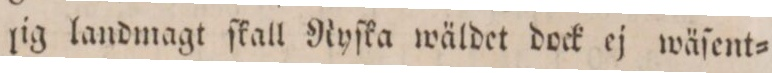
lig landmagt ſkall Ryſka wäldet dock ej wäſent=